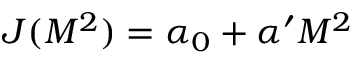
J ( M ^ { 2 } ) = \alpha _ { 0 } + \alpha ^ { \prime } M ^ { 2 }